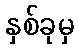
နှစ်ခုမှ